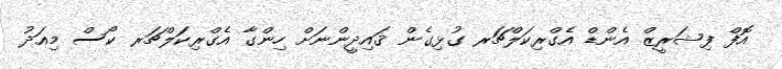
އޮފް ފިޝަރީޒް އެންޑް އެގްރިކަލްޗަރ ގުޅިގެން ޤައިދީންނަށް ހިންގާ އެގްރިކަލްޗަރ ކޯސް މިއަދު